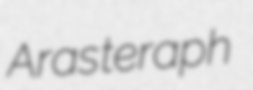
Aras teraph